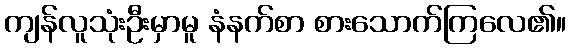
ကျန်လူသုံးဦးမှာမူ နံနက်စာ စားသောက်ကြလေ၏။